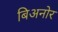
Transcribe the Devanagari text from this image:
बिअनोर